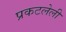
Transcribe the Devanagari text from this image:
प्रकटलेली